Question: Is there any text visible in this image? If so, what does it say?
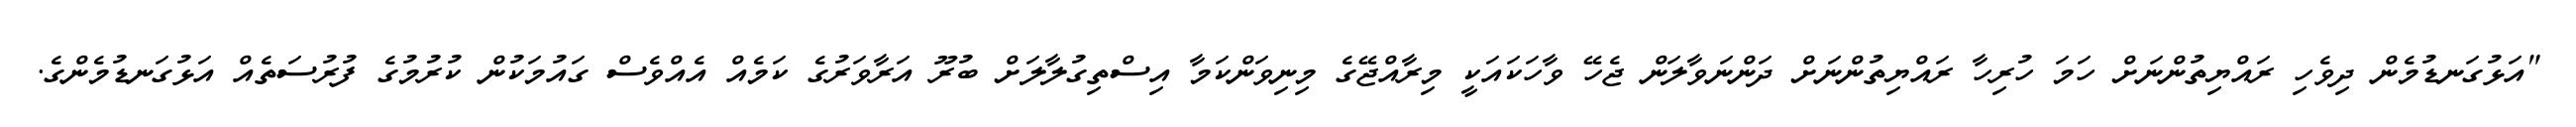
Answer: "އަޅުގަނޑުމެން ދިވެހި ރައްޔިތުންނަށް ހަމަ ހުރިހާ ރައްޔިތުންނަށް ދަންނަވާލަން ޖެހޭ ވާހަކައަކީ މިރާއްޖޭގެ މިނިވަންކަމާ އިސްތިގުލާލަށް ބުރޫ އަރާވަރުގެ ކަމެއް އެއްވެސް ގައުމަކުން ކުރުމުގެ ފުރުސަތެއް އަޅުގަނޑުމެންގެ.